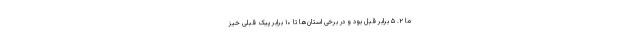
ما ۲. ۵ برابر قبل بود و در برخی استان‌ها تا ۱۰ برابر پیک قبلی خیز